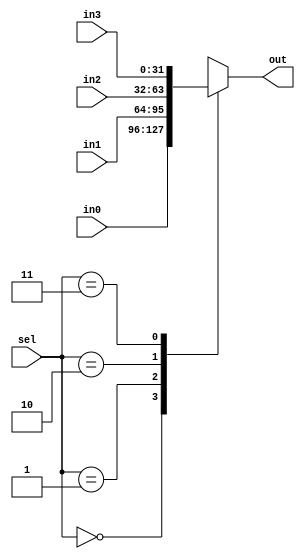
`timescale 1ns / 1ps
//////////////////////////////////////////////////////////////////////////////////
// Company: 
// Engineer: 
// 
// Design Name: 
// Module Name: MUX_4inp
// Project Name: 
// Target Devices: 
// Tool Versions: 
// Description: 
// 
// Dependencies: 
// 
// Revision:
// Revision 0.01 - File Created
// Additional Comments:
// 
//////////////////////////////////////////////////////////////////////////////////


module MUX_4inp(
    input [31:0] in0,
    input [31:0] in1,
    input [31:0] in2,
    input [31:0] in3,
    input [1:0] sel,
    output reg [31:0] out
    );
    
    always @(*) begin
        case(sel)
            2'b00: out <= in0;
            2'b01: out <= in1;
            2'b10: out <= in2;
            2'b11: out <= in3;
        endcase
    end
endmodule